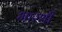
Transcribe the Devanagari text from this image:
भारथी